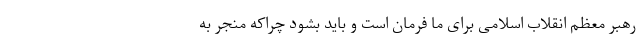
رهبر معظم انقلاب اسلامی برای ما فرمان است و باید بشود چراکه منجر به